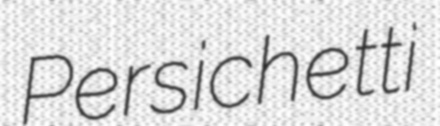
Persichetti